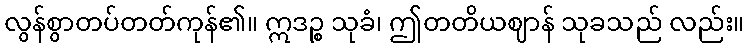
လွန်စွာတပ်တတ်ကုန်၏။ ဣဒဉ္စ သုခံ၊ ဤတတိယဈာန် သုခသည် လည်း။